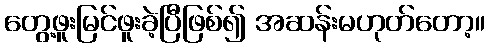
တွေ့ဖူးမြင်ဖူးခဲ့ပြီဖြစ်၍ အဆန်းမဟုတ်တော့။